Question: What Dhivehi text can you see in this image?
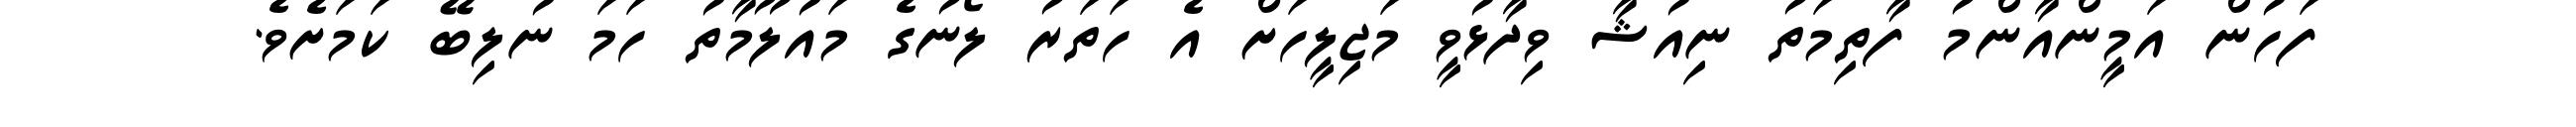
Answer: ފަހުން އަމީންއާންމު ފާތިމަތު ނިއުޝާ ވިދާޅުވީ މަޖިލީހަށް އެ ހަތަރު ލޯނުގެ މައުލޫމާތު ހަމަ ނުލިބޭ ކަމަށެވެ.